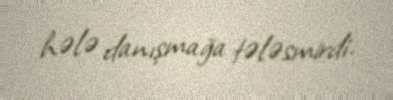
hələ danışmağa tələsmirdi.